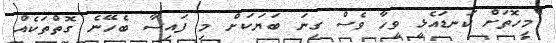
"މިހޮތަށް ކަނޑައެޅީ ވީހާ ވެސް ގިނަ ބަޔަކަށް މި ފައިސާ ބެހޭނެ ގޮތްތަކެއް